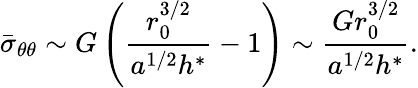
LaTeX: \bar{\sigma}_{\theta\theta}\sim G\left(\frac{r_{0}^{3/2}}{a^{1/2}h^{*}}-1\right)\sim\frac{Gr_{0}^{3/2}}{a^{1/2}h^{*}}.